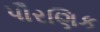
પૌરણિક